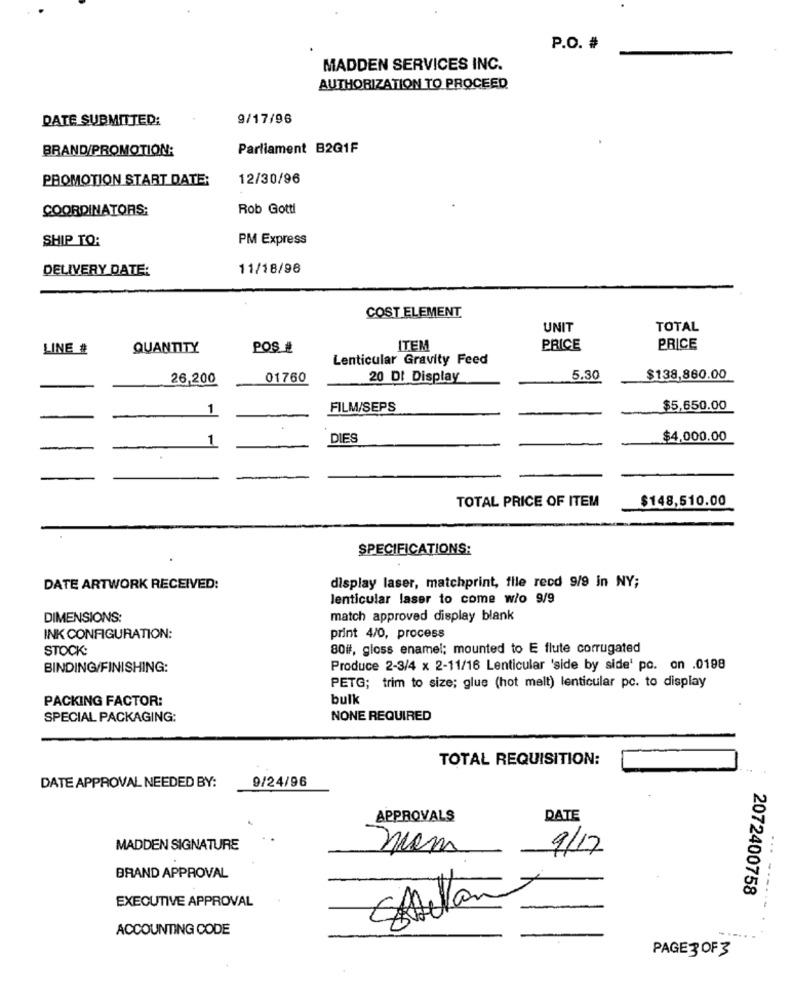
P.O. #
MADDEN SERVICES INC.
AUTHORIZATION TO PROCEED
DATE SUBMITTED:
9/17/96
BRAND/PROMOTION:
Parliament B2Q1F
PROMOTION START DATE:
12/30/96
COORDINATORS:
Rob Gotti
SHIP TO:
PM Express
DELIVERY DATE:
11/18/96
COST ELEMENT
UNIT
TOTAL
LINE #
QUANTITY
Pos #
ITEM
PRICE
PRICE
Lenticular Gravity Feed
26,200
01760
20 DI Display
5.30
$138,860.00
1
FILM/SEPS
$5,650.00
1
DIES
$4,000.00
TOTAL PRICE OF ITEM
$148,510.00
SPECIFICATIONS:
display laser, matchprint, flie recd 9/9 in NY;
DATE ARTWORK RECEIVED:
lenticular laser to come w/o 9/9
DIMENSIONS:
match approved display blank
INK CONFIGURATION:
print 4/0, process
STOCK:
80#, gloss enamel; mounted to E flute corrugated
BINDING/FINISHING:
Produce 2-3/4 x 2-11/16 Lenticular 'side by side' po. on .0198
PETG; trim to size; glue (hot melt) lenticular pc. to display
PACKING FACTOR:
bulk
SPECIAL PACKAGING:
NONE REQUIRED
TOTAL REQUISITION:
9/24/96
DATE APPROVAL NEEDED BY:
APPROVALS
DATE
MADDEN SIGNATURE
nom
9/17
BRAND APPROVAL
2072400758
EXECUTIVE APPROVAL
... ------
ACCOUNTING CODE
PAGE 3OF3